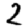
Digit: 2